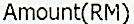
AMOUNT(RM)